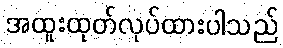
အထူးထုတ်လုပ်ထားပါသည်